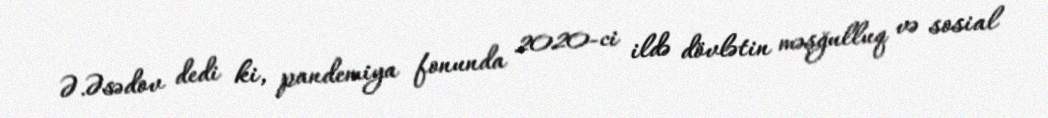
Ə.Əsədov dedi ki, pandemiya fonunda 2020-ci ildə dövlətin məşğulluq və sosial